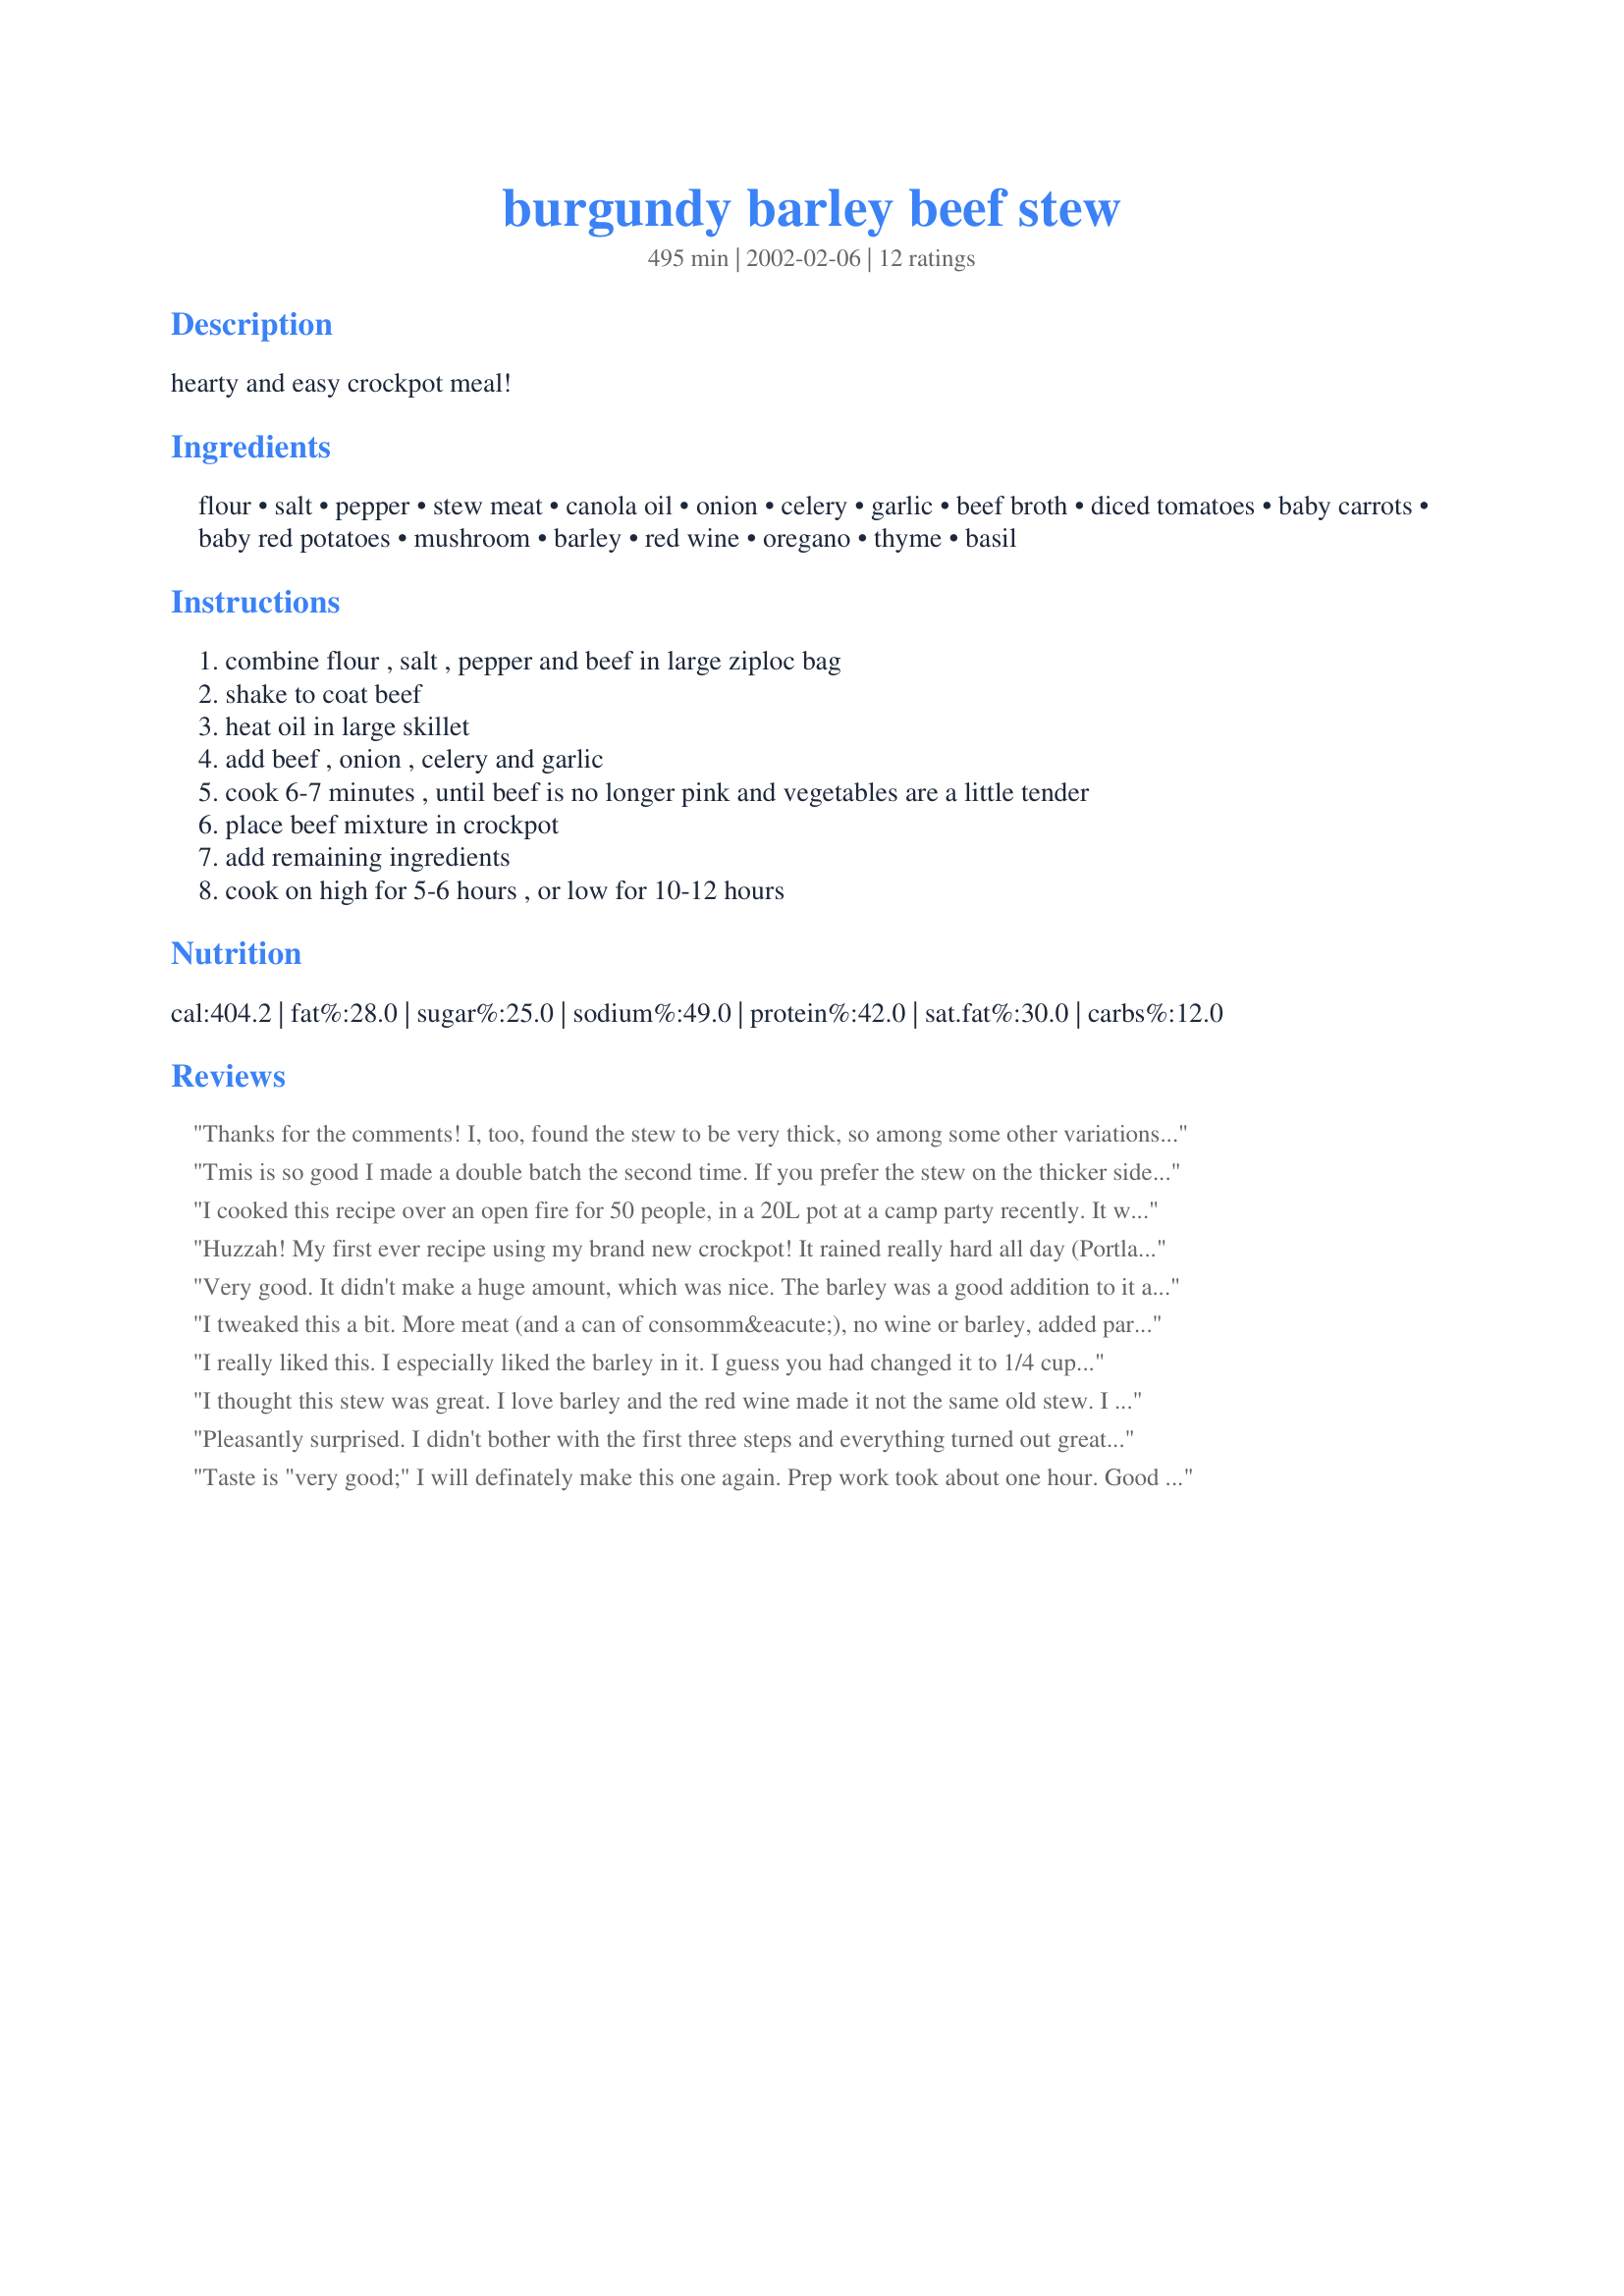
burgundy barley beef stew
Preparation time: 495 minutes

hearty and easy crockpot meal!

Ingredients:
flour, salt, pepper, stew meat, canola oil, onion, celery, garlic, beef broth, diced tomatoes, baby carrots, baby red potatoes, mushroom, barley, red wine, oregano, thyme, basil

Steps:
combine flour , salt , pepper and beef in large ziploc bag
shake to coat beef
heat oil in large skillet
add beef , onion , celery and garlic
cook 6-7 minutes , until beef is no longer pink and vegetables are a little tender
place beef mixture in crockpot
add remaining ingredients
cook on high for 5-6 hours , or low for 10-12 hours

Reviews:
Thanks for the comments! I, too, found the stew to be very thick, so among some other variations, i reduced the barley quantity from 1 cup to 1/2 cup prior to posting. Now I went ahead and changed it to 1/4. Hopefully that should make it just right! To speed up the prep, I bought as many vegetable as possible already sliced/chopped, and kept the baby carrots whole.
Tmis is so good I made a double batch the second time. If you prefer the stew on the thicker side (or you like barley as much as I do), use the 1/2 cup barley.
I cooked this recipe over an open fire for 50 people, in a 20L pot at a camp party recently. It was such a hit! I used the serving converter but had slightly too small a pot for all the ingredients for 50 servings. My recipe went more like this: 1/3 cup flour 4 1/4 teaspoons salt 2 1/8 teaspoons pepper 8 lbs stew meat, cut into 1 inch pieces (I used 5 lbs beef and 3 lbs pork) 5/8 cup canola oil 8 1/3 small onions, chopped 16 2/3 stalks celery, chopped 25 cloves garlic, minced 2L beef broth 8 cans diced tomatoes, undrained 5 lbs carrots, cut into 1/2 inch pieces 30 red potatoes (cut into 1 inch pieces) 5-6 cans sliced mushrooms 2 cups barley 4 cups red wine 4 1/4 teaspoons oregano 4 1/4 teaspoons thyme 4 1/4 teaspoons basil I cooked the meat, onions, garlic, and celery and stored it in the fridge for a day in a big plastic bowl with a lid. I measured out all the herbs, barley, and stock (I used powder and added water to make 2L) and kept them in ziploc bags. The rest I just brought cans of and opened them when I assembled all the ingredients. Then we set up the pot over the fire and let it cook for about ten hours. It was delicious, and I highly reccomend it for any sort of potluck/camp out, it works great!
Huzzah! My first ever recipe using my brand new crockpot! It rained really hard all day (Portland OR in November) and I had to 'winterize' the yard so coming in after hours in the wet and cold to the wonderful smell was topped by the actual meal. Great flavor. I used diced tomatoes that had additional garlic already in the can (making almost a little TOO garlicky); other than that, followed recipe directly. My wife and I both decided we want more barley, so I think next time I make this I will increase the barley to 1/2 cup. This is a keeper and idiot-proof. Thank you for sharing, Erin!
Follow up note: We finished the leftovers a couple of days later simply reheating and ladling over a bowl of quick mashed potatoes (the idiot-proof kind you can buy in bulk at Costco and the like). Even better! My wife thinks I really know what I'm doing in the kitchen. Thanks for the assist! :)
Very good. It didn't make a huge amount, which was nice. The barley was a good addition to it as well, and thickened it up nicely.
I tweaked this a bit. More meat (and a can of consomm&eacute;), no wine or barley, added parsnips and a 1/2 cup of lentils. Great flavor. Like this way more than using a packaged &quot;stew&quot; seasoning mix.
I really liked this. I especially liked the barley in it. I guess you had changed it to 1/4 cup by the time I did it. My stew was not too thick (in fact I used a little corn starch to thicken it a bit) but sure was good. I put this together the night before and cooked it all day. So easy and good. Thank you Erin.
I thought this stew was great. I love barley and the red wine made it not the same old stew. I will make this again.
Pleasantly surprised. I didn't bother with the first three steps and everything turned out great. Also, I omitted the potatoes and had lima beans in there instead, only because the only barley I had was one of those barley/lima bean soup mixes. Thickness was just right, which I was a little worried about, but it turned out fine!
Taste is "very good;" I will definately make this one again. Prep work took about one hour. Good variety of vegetables. I cooked it on High for 5 hours and 30 minutes. 
However, it was very, very thick--not like a stew at all. When I served the leftovers, I added TWO CUPS of beef bullion broth and it still wasn't enough. 
I will reduce the barley to 1/4th cup next time and add more celery and mushrooms and double the wine and beef broth.
One helpful fact I noted in my Rival Crock-Pot booklet was the ability to make a recipe the night before and store it in the "removable" stoneware container in the refrigerator, covered with pastic wrap, with no change in cooking time. And since the prep time is considerable, I will do this the next time.
This was is a great stew. I made as stated except had to thicken with some cornstarch/water. Next time I will use more barley since we like it and that also should take care of the thickening. Looking forward to another cold fall/winter day. Thanks
My family truly enjoyed this stew. I was surprised that the prep. time was about an hour but well worth it. Mine turned out to be more of a soup than a stew. This recipe is a keeper. I served it with a side salad and Hawaiian Sweet Bread.
